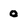
Character: 0